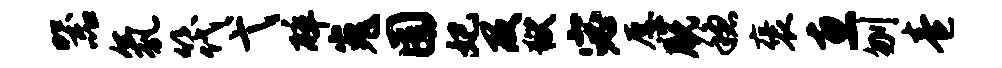
器氛筏弋碎嵬囿妃及狱宓愿脱稳褒惠刎卷